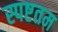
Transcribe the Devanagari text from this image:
स्पष्टतम